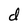
Character: d